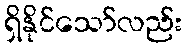
ရှိနိုင်သော်လည်း